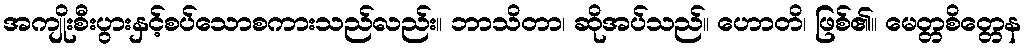
အကျိုးစီးပွားနှင့်စပ်သောစကားသည်လည်း။ ဘာသိတာ၊ ဆိုအပ်သည်။ ဟောတိ၊ ဖြစ်၏။ မေတ္တစိတ္တေန